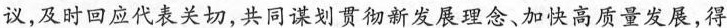
议，及时回应代表关切，共同谋划贯彻新发展理念、加快高质量发展，得